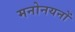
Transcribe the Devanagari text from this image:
मनोनयनों